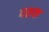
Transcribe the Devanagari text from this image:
पशक